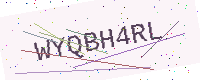
Text: WYQBH4RL